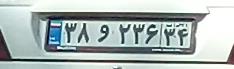
۳۸و۲۳۶۳۴